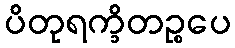
ပိတုရက္ခိတဉ္စပေ